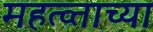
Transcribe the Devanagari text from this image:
महत्व्ताच्या